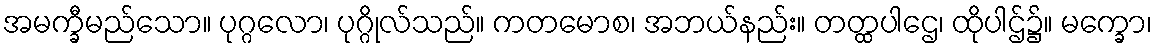
အမက္ခီမည်သော။ ပုဂ္ဂလော၊ ပုဂ္ဂိုလ်သည်။ ကတမောစ၊ အဘယ်နည်း။ တတ္ထပါဌေ၊ ထိုပါဌ်၌။ မက္ခော၊